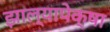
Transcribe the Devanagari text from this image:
झाल्यापेक्षा